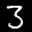
Label: 3